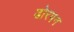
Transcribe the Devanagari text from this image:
डोरपन